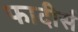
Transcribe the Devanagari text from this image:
फादीर्स